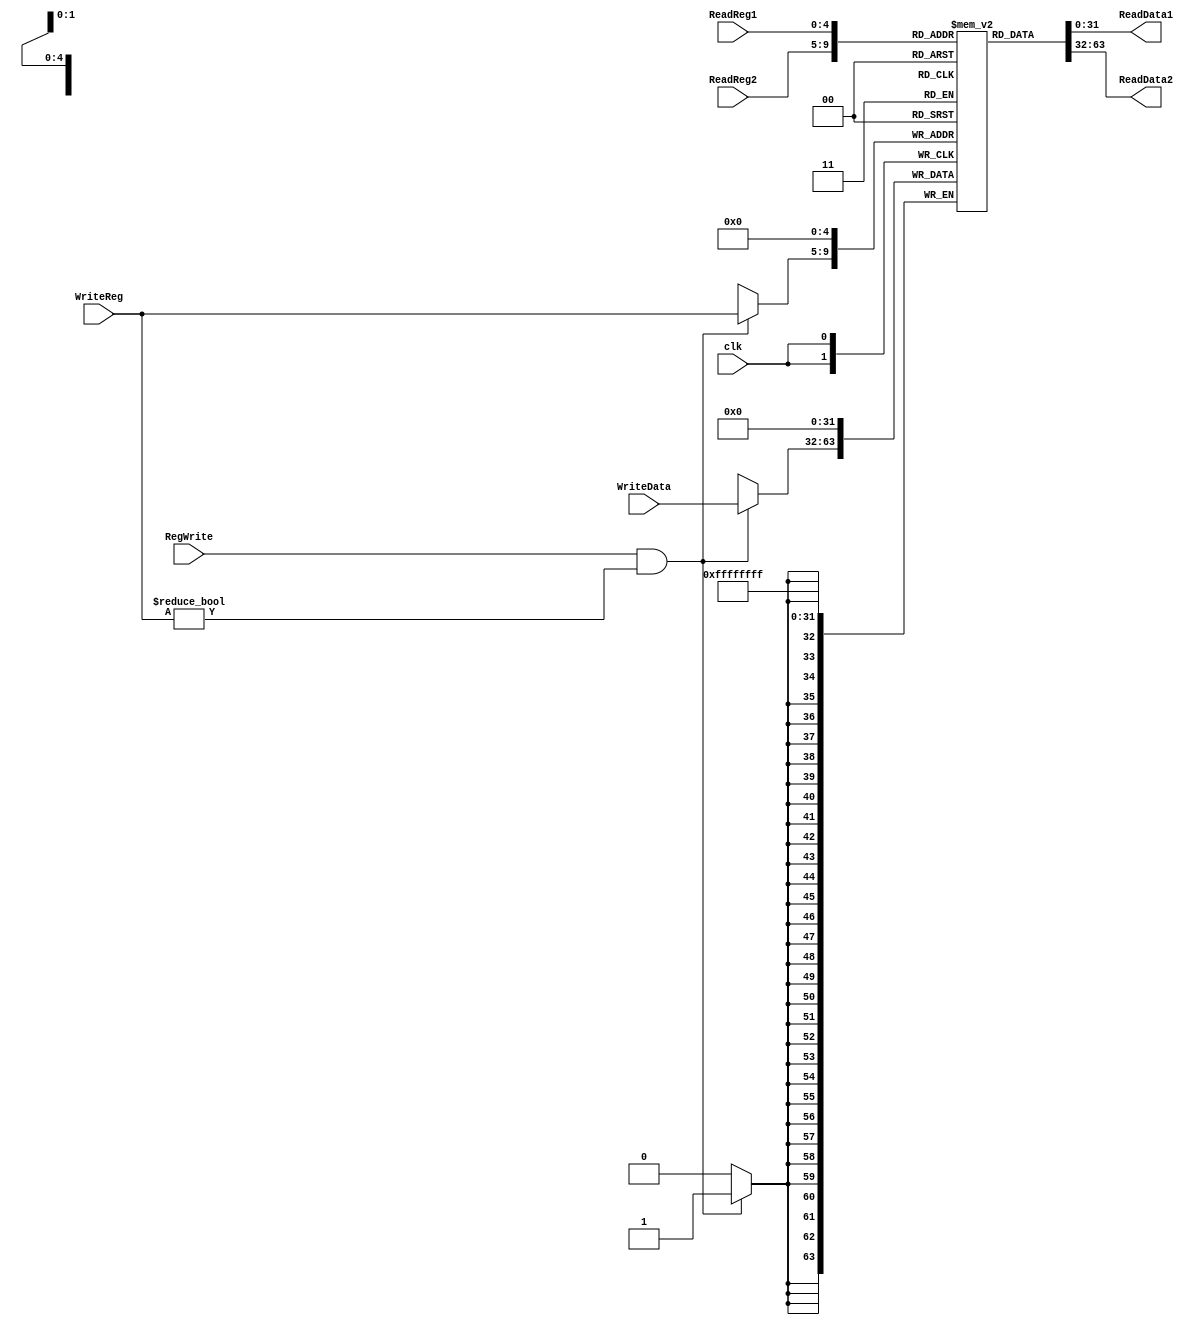
module RegisterFile #(parameter WORD_SIZE = 32, ADDRESS_SIZE = 5) (
    input [(ADDRESS_SIZE-1):0] ReadReg1, ReadReg2, WriteReg,
    input [(WORD_SIZE-1):0] WriteData,
    input clk, RegWrite,
    output reg [(WORD_SIZE-1):0] ReadData1, ReadData2
);

    reg [(WORD_SIZE-1):0] memReg [0:((1<<ADDRESS_SIZE)-1)];
    assign ReadData1 = memReg[ReadReg1];    
    assign ReadData2 = memReg[ReadReg2];

    always @(posedge clk) begin
        memReg[0] = 32'b0;
        if(RegWrite & (WriteReg != 5'b0))       
            memReg[WriteReg] <= WriteData;
    end

endmodule